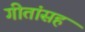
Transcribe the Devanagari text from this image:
गीतांसह